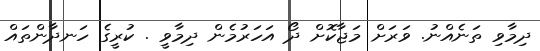
ދިމާވި ތަނެއްނު. ވަރަށް މަޖާކޮށް ދޯ އަހަރުމެން ދިމާވީ . ކުރީގެ ހަނދާންތައް